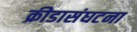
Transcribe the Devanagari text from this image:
क्रीडासंघटना